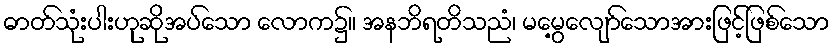
ဓာတ်သုံးပါးဟုဆိုအပ်သော လောက၌။ အနဘိရတိသညံ၊ မမွေ့လျော်သောအားဖြင့်ဖြစ်သော